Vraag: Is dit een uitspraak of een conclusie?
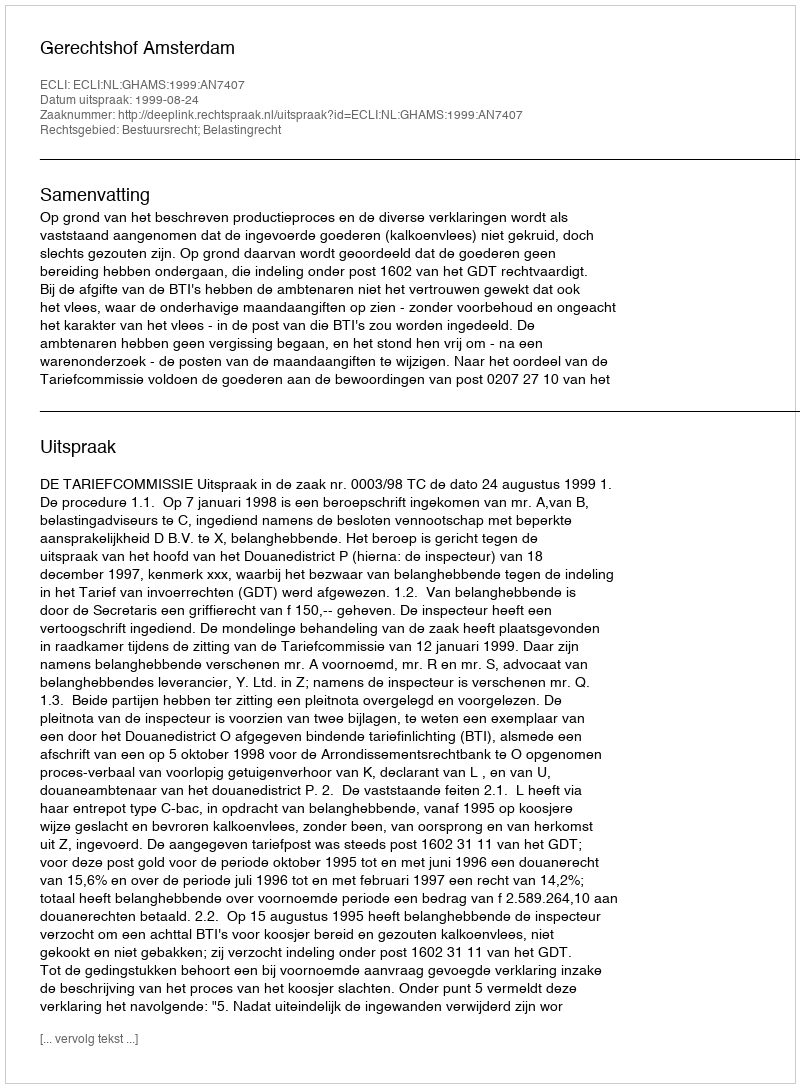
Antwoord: Uitspraak